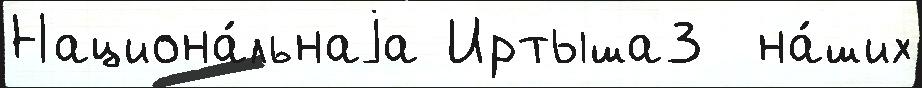
Национа́льнаjа Иртыша3  на́ших